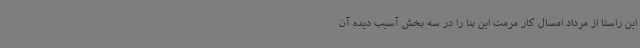
این راستا از مرداد امسال کار مرمت این بنا را در سه بخش آسیب دیده آن